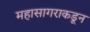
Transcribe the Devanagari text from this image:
महासागराकडून